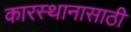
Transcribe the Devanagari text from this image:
कारस्थानासाठी